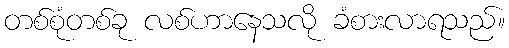
တစ်စုံတစ်ခု လစ်ဟာနေသလို ခံစားလာရသည်။